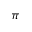
\pi